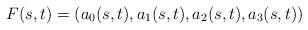
LaTeX: \begin{align*}F(s,t) = (a_0(s,t),a_1(s,t), a_2(s,t),a_3(s,t))\end{align*}